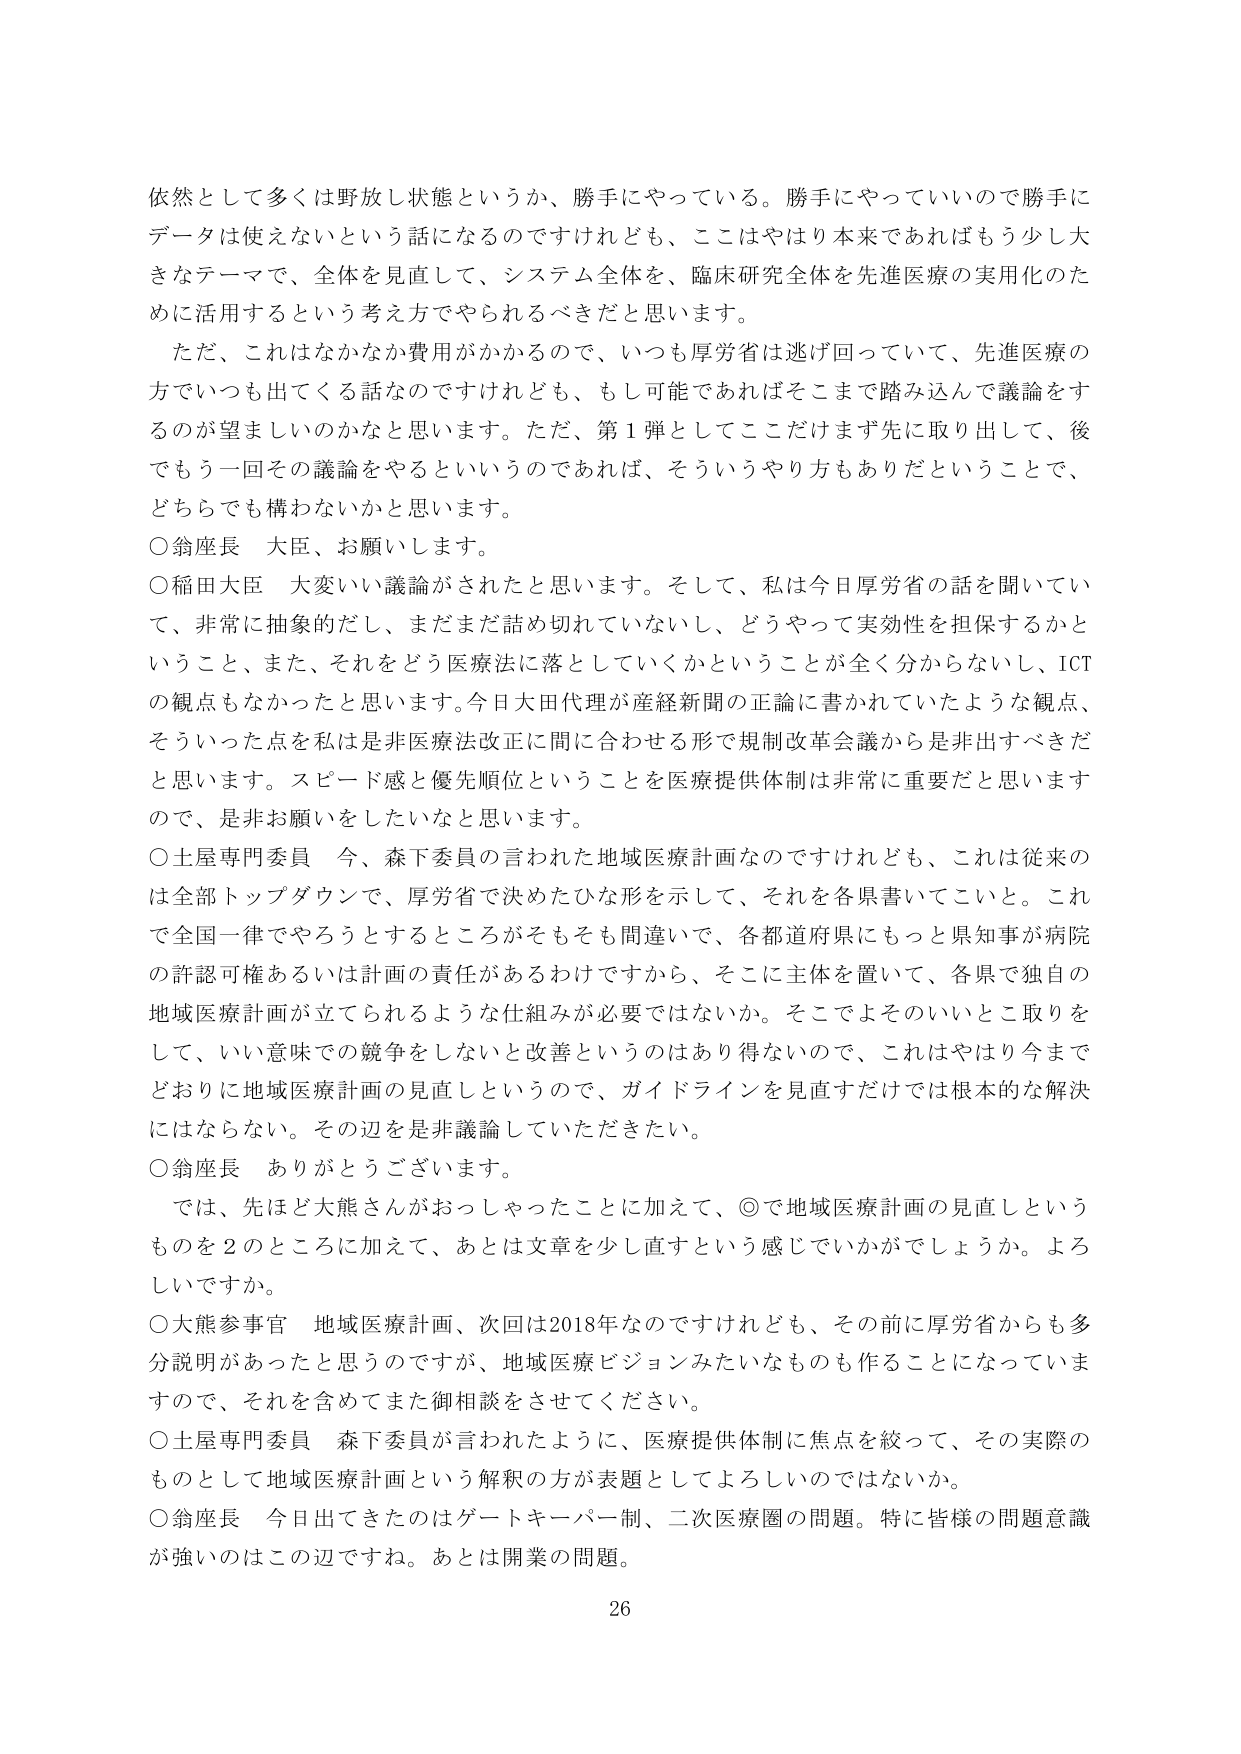
依然として多くは野放し状態というか、勝手にやっている。勝手にやっていいので勝手にデータは使えないという話になるのですけれども、ここはやはり本来であればもう少し大きなテーマで、全体を見直して、システム全体を、臨床研究全体を先進医療の実用化のために活用するという考え方でやられるべきだと思います。

ただ、これはなかなか費用がかかるので、いつも厚労省は逃げ回っていて、先進医療の方でいつも出てくる話なのですけれども、もし可能であればそこまで踏み込んで議論をするのが望ましいのかなと思います。ただ、第1弾としてここだけまず先に取り出して、後でもう一回その議論をやるというのであれば、そういうやり方もありだということで、どちらでも構わないかと思います。

○翁座長　大臣、お願いします。

○稲田大臣　大変いい議論がされたと思います。そして、私は今日厚労省の話を聞いていて、非常に抽象的だし、まだまだ詰め切れていないし、どうやって実効性を担保するかということ、また、それをどう医療法に落としていくかということが全く分からないし、ICTの観点もなかったと思います。今日大田代理が産経新聞の正論に書かれていたような観点、そういった点を私は是非医療法改正に間に合わせる形で規制改革会議から是非出すべきだと思います。スピード感と優先順位ということを医療提供体制は非常に重要だと思いますので、是非お願いをしたいなと思います。

○土屋専門委員　今、森下委員の言われた地域医療計画なのですが、これは従来のは全部トップダウンで、厚労省で決めたひな形を示して、それを各県書いてこいと。これで全国一律でやろうとするところがそもそも間違いで、各都道府県にもっと県知事が病院の許認可権あるいは計画の責任があるわけですから、そこに主体を置いて、各県で独自の地域医療計画が立てられるような仕組みが必要ではないか。そこでよそのいいとこ取りをして、いい意味での競争をしないと改善というのはあり得ないので、これはやはり今までどおりに地域医療計画の見直しということで、ガイドラインを見直すだけでは根本的な解決にはならない。その辺を是非議論していただきたい。

○翁座長　ありがとうございます。

では、先ほど大熊さんがおっしゃったことに加えて、◎で地域医療計画の見直しというものを2のところに加えて、あとは文章を少し直すという感じでいかがでしょうか。よろしいですか。

○大熊参事官　地域医療計画、次回は2018年なのですが、その前に厚労省からも多分説明があったと思うのですが、地域医療ビジョンみたいなものも作ることになっていますので、それを含めてまた御相談をさせてください。

○土屋専門委員　森下委員が言われたように、医療提供体制に焦点を絞って、その実際のものとして地域医療計画という解釈の方が表題としてよろしいのではないでしょうか。

○翁座長　今日出てきたのはゲートキーパー制、二次医療圏の問題。特に皆様の問題意識が強いのはこの辺ですね。あとは開業の問題。

26